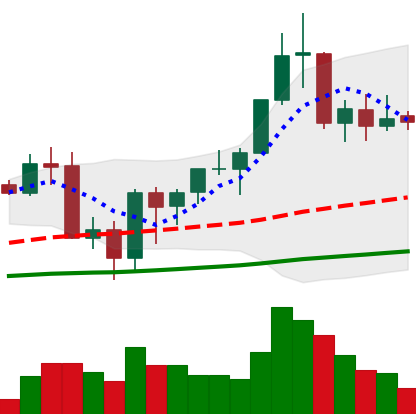
Ticker: BNB-USD
Chart end date: 2020-09-19
Forward return: -9.678%
Label: down_7plus